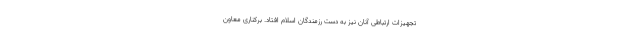
تجهیزات ارتباطی آنان نیز به دست رزمندگان اسلام افتاد. برکناری معاون